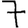
Digit: 7